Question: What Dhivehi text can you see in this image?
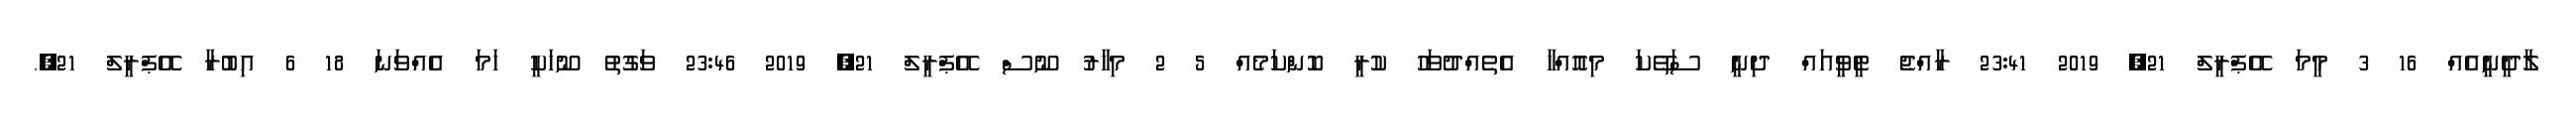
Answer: ލާދީނީއެއް 16 3 މީމަ އޭޕްރީލް 21, 2019 23:41 ރާއްޖެ ޓީވީއައް ދިނީ ސަތޭކަ މިއޮއްހާ އެތެއްދުވަހު ކުރީ ކޮންކަމެއް 5 2 މިހާރު ނޫސް އޭޕްރީލް 21, 2019 23:46 ވަގުތު ނޫހަކީ ހަމަ އެއްވަނަ 18 6 އިބުރާ އޭޕްރީލް 21,.